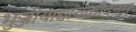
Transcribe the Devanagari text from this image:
भुञ्जीयाद्यावकौदनम्